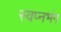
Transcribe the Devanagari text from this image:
स्वप्नभंग